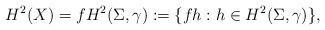
LaTeX: \begin{align*}H^2(X) = f H^2(\Sigma, \gamma) := \{f h : h \in H^2(\Sigma, \gamma)\},\end{align*}